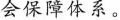
会保障体系。